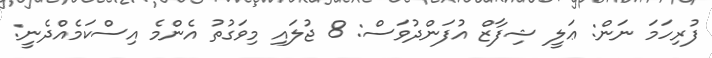
ފުރިހަމަ ނަން: ޢަލީ ޝިފާޒް އުފަންދުވަސް: 8 ޖުލައި މިވަގުތު އެންމެ އިސްކަމެއްދެނީ: